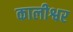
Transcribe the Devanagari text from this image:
कालीश्वर